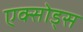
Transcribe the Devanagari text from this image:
एक्सोड्स